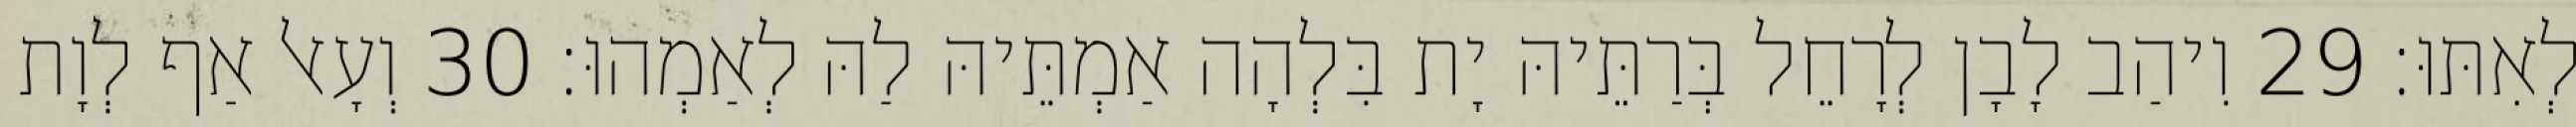
לְאִתּוּ׃ 29 וִיהַב לָבָן לְרָחֵל בְּרַתֵּיהּ יָת בִּלְהָה אַמְתֵּיהּ לַהּ לְאַמְהוּ׃ 30 וְעָאל אַף לְוָת